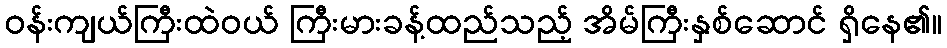
ဝန်းကျယ်ကြီးထဲဝယ် ကြီးမားခန့်ထည်သည့် အိမ်ကြီးနှစ်ဆောင် ရှိနေ၏။